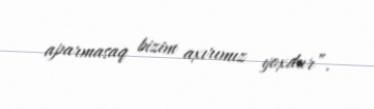
aparmasaq bizim axırımız yoxdur”.